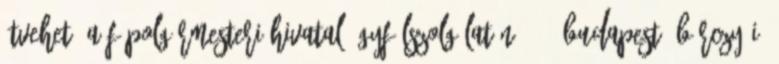
átvehető a Főpolgármesteri Hivatal Ügyfélszolgálatán 1052 Budapest, Bárczy I.